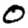
Digit: 0